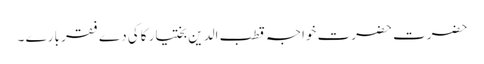
حضرت حضرت خواجہ قطب الدین بختیار کاکی دے فقر بارے ۔